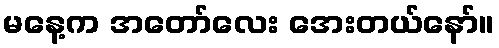
မနေ့က အတော်လေး အေးတယ်နော်။